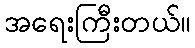
အရေးကြီးတယ်။